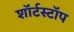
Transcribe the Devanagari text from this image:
शॉर्टस्टॉप